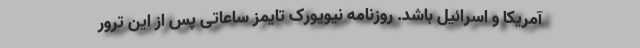
آمریکا و اسرائیل باشد. روزنامه نیویورک تایمز ساعاتی پس از این ترور